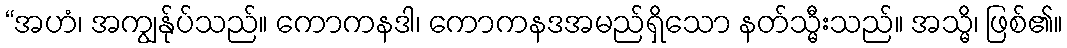
“အဟံ၊ အကျွန်ုပ်သည်။ ကောကနဒါ၊ ကောကနဒအမည်ရှိသော နတ်သ္မီးသည်။ အသ္မိ၊ ဖြစ်၏။